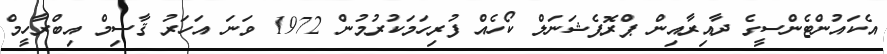
އެކައުންޓެންސީގެ ދާއިރާއިން ޕްރޮފެޝަނަލް ކޯހެއް ފުރިހަމަކުރުމުން 1972 ވަނަ އަހަރު ޤާސިމް އިބްރާހީމް